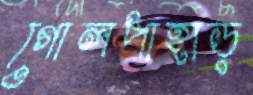
গোলপাহাড়